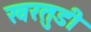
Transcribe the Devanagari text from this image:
खरतुडी